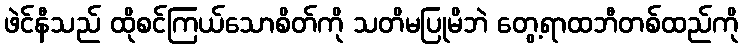
ဖဲင်နီသည် ထိုစင်ကြယ်သောစိတ်ကို သတိမပြုမိဘဲ တွေ့ရာထဘီတစ်ထည်ကို